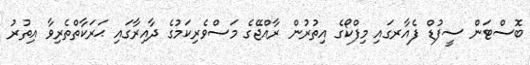
ބޮސްޓަން ސީފުޑް ފެއާރގައި މިފްކޯގެ އިތުރުން ރާއްޖޭގެ މަސްވެރިކަމުގެ ދާއިރާގައި ޙަރަކާތްތެރިވާ އިތުރު